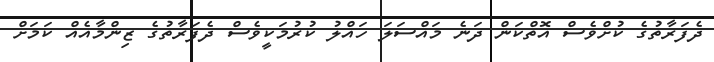
ދެފަރާތުގެ ކުށްވެސް އޮތްކަން ދަނެ މައްސަލަ ހައްލު ކުރުމަކީވެސް ދެފަރާތުގެ ޒިންމާއެއް ކަމަށް